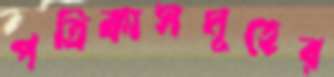
পত্রিকাসমূহের